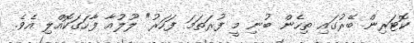
ކޮޓަރިން ބޭރުގައި ތިހެން ބުނި މީ ފުރަތަމަ ފަހަރު" ލޫލުއާ ފާހަގަކޮއްލި އެވެ.